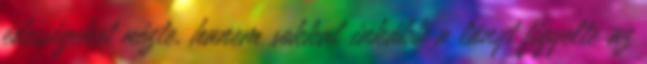
édességeket nézte, hanem sokkal inkább a lányt figyelte az